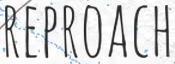
REPROACH